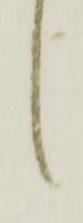
候